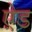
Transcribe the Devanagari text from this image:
ऐ़ड